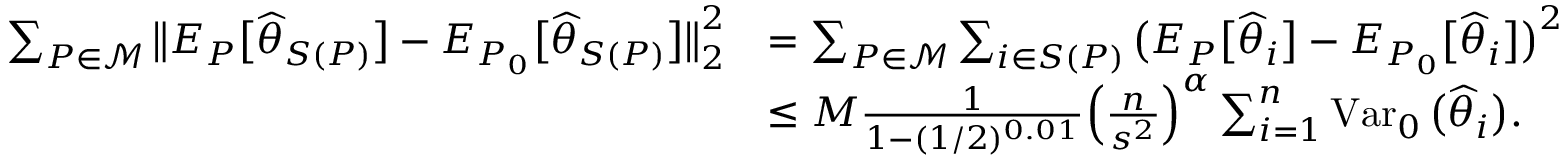
\begin{array} { r l } { \sum _ { P \in { \mathcal M } } \big \| E _ { P } \big [ \widehat \theta _ { S ( P ) } \big ] - E _ { P _ { 0 } } \big [ \widehat \theta _ { S ( P ) } \big ] \big \| _ { 2 } ^ { 2 } } & { = \sum _ { P \in { \mathcal M } } \sum _ { i \in S ( P ) } \big ( E _ { P } \big [ \widehat \theta _ { i } \big ] - E _ { P _ { 0 } } \big [ \widehat \theta _ { i } \big ] \big ) ^ { 2 } } \\ & { \leq M \frac { 1 } { 1 - ( 1 / 2 ) ^ { 0 . 0 1 } } \Big ( \frac n { s ^ { 2 } } \Big ) ^ { \alpha } \sum _ { i = 1 } ^ { n } \operatorname { V a r } _ { 0 } \big ( \widehat \theta _ { i } \big ) . } \end{array}